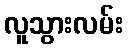
လူသွားလမ်း